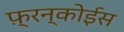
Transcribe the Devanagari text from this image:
फ़्रन्कोईस